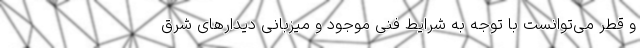
و قطر می‌توانست با توجه به شرایط فنی موجود و میزبانی دیدارهای شرق